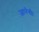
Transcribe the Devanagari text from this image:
जानेगी।